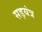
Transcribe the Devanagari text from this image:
सड़यंत्र